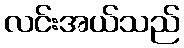
လင်းအယ်သည်